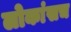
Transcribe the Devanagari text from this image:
लोकांसच